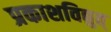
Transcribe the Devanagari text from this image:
प्रकाशविद्युत्‌